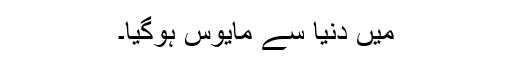
میں دنیا سے مایوس ہوگیا۔